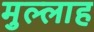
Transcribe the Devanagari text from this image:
मुल्‍लाह